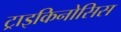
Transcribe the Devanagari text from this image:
ट्राइकिनोसिस